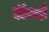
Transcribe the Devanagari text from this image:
घंटेवरही